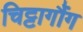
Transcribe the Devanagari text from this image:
चिट्टागौंग